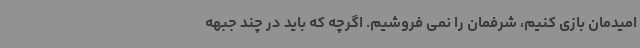
امیدمان بازی کنیم، شرفمان را نمی فروشیم. اگرچه که باید در چند جبهه